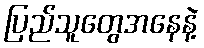
ပြည်သူတွေအနေနဲ့